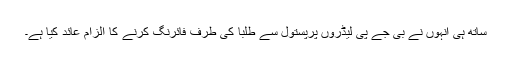
ساتھ ہی انہوں نے بی جے پی لیڈروں پرپستول سے طلبا کی طرف فائرنگ کرنے کا الزام عائد کیا ہے۔